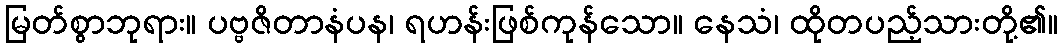
မြတ်စွာဘုရား။ ပဗ္ဗဇိတာနံပန၊ ရဟန်းဖြစ်ကုန်သော။ နေသံ၊ ထိုတပည့်သားတို့၏။